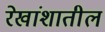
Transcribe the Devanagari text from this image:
रेखांशातील